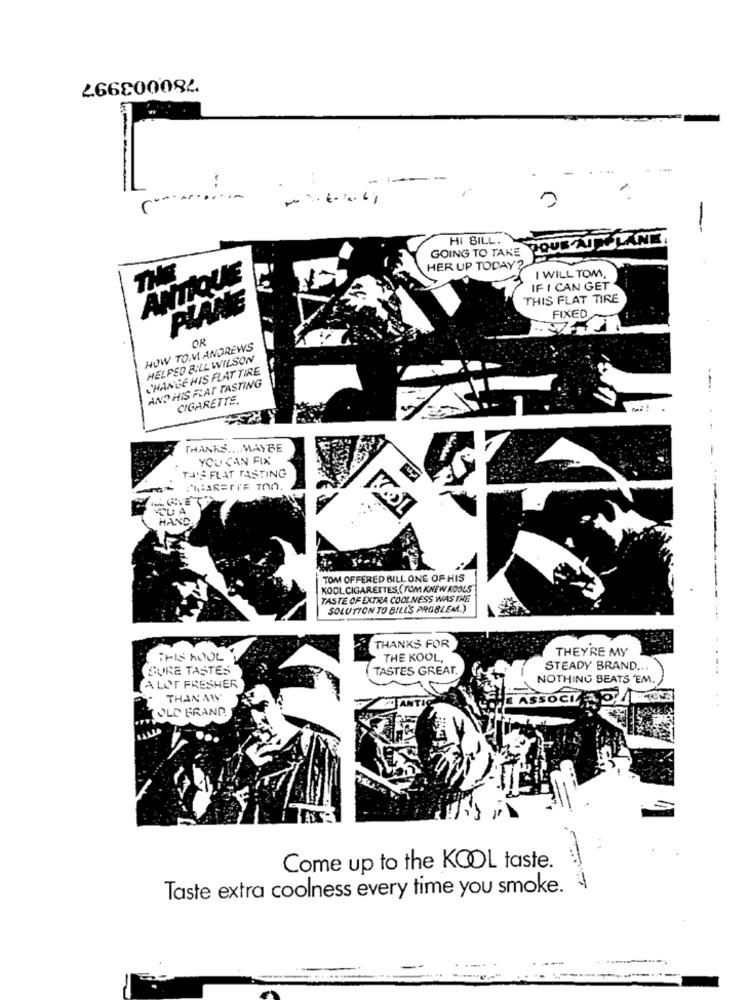
780003997
---
-
GOING TO TAKE TOUS AUTE LANE.
HI BILL.
HER UP TODAY?
PRATIQUE
I WILL TOM,
IF I CAN GET
THIS FLAT TIRE
PLANE
FIXED
OR
HOW TOMM ANDREWS
HELPED BILL WILSON
CHANGE HIS FLAT TIRE
AND HIS FLAT TASTING
CIGARETTE.
THANKS ... MAYBE
YOUCAN FIX
THIS FLAT TASTING
PHAREFIF TOO
TUA
--
HAND
TOM OFFERED BILL ONE OF HIS
KOOL CIGARETTES.(TOM KNEW KOOLS
TASTE OF EXTRA COOLNESS WAS THE
SOLUTION TO BILL'S PROBLEM.)
THANKS FOR
THEYRE MY
THIS WOOL
THE KOOL,
SURE TASTES
TASTES GREAT.
STEADY BRAND ...
NOTHING BEATS 'EM.
ALOT FRESHER
THAN AW
TOLD BRAND
Come up to the KOOL taste.
Taste extra coolness every time you smoke. |